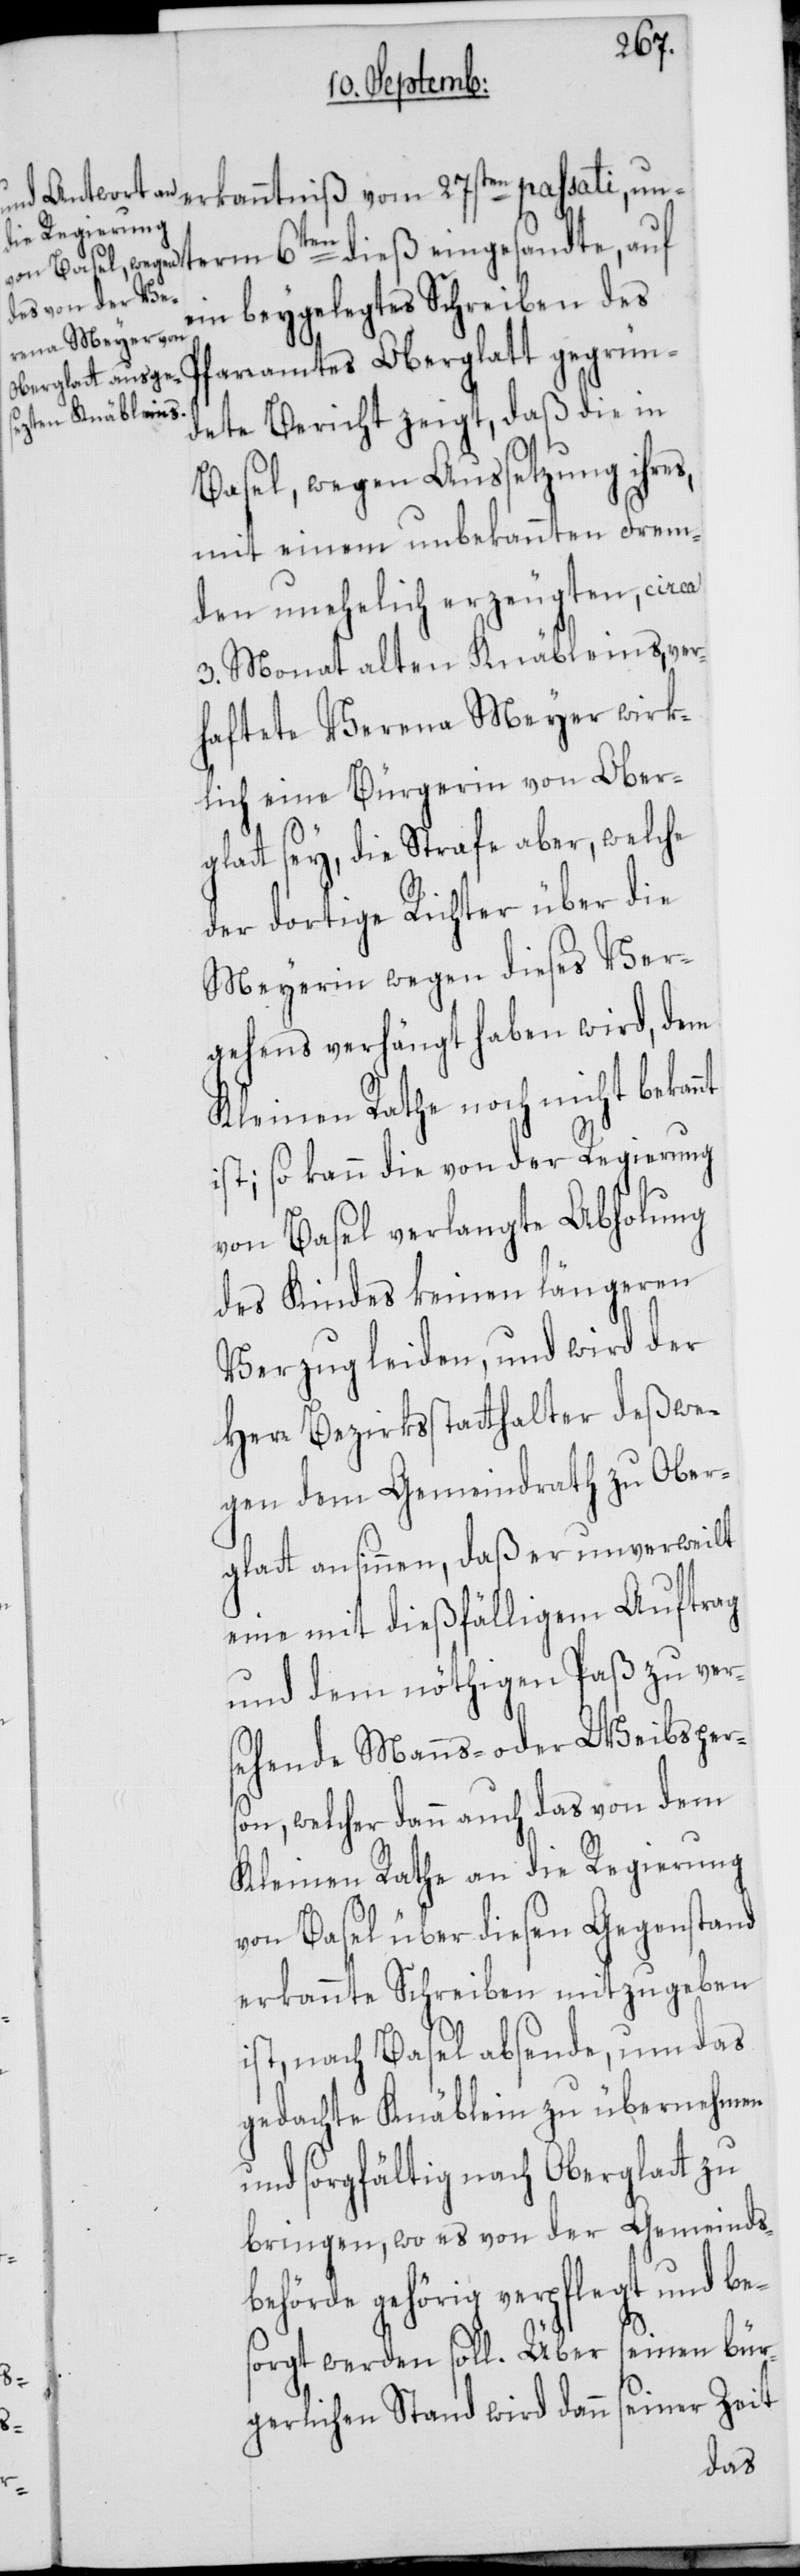
passati, unterm 6ten dieß eingesandte, auf
ein beygelegtes Schreiben des
Pfarramtes Oberglatt gegrün¬
dete Bericht zeigt, daß die in
Basel, wegen Aussetzung ihres,
mit einem unbekannten Frem¬
den unehelich erzeugten, circa
3. Monat alten Knäbleins, ver¬
haftete Verena Meyer wirk¬
lich eine Bürgerin von Ober¬
glatt sey, die Strafe aber, welche
der dortige Richter über die
Meyerin wegen dieses Ver¬
gehens verhängt haben wird, dem
Kleinen Rathe noch nicht bekannt
ist; so kann die von der Regierung
von Basel verlangte Abholung
des Kindes keinen längeren
Verzug leiden, und wird der
Herr Bezirksstatthalter deßwe¬
gen dem Gemeindrath zu Ober¬
glatt ansinnen, daß er unverweilt
eine mit dießfälligem Auftrag
und dem nöthigen Paß zu ver¬
sehende Manns- oder Weibsper¬
son, welcher dann auch das von dem
Kleinen Rathe an die Regierung
von Basel über diesen Gegenstand
erkannte Schreiben mitzugeben
ist, nach Basel absende, um das
gedachte Knäblein zu übernehmen
und sorgfältig nach Oberglatt zu
bringen, wo es von der Gemeinds¬
behörde gehörig verpflegt und bes¬
orgt werden soll. Über seinen bür¬
gerlichen Stand wird dann seiner Zeit